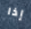
إذا